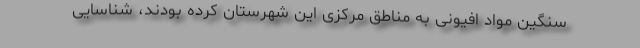
سنگین مواد افیونی به مناطق مرکزی این شهرستان کرده بودند، شناسایی